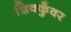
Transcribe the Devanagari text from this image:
शिवकुँवर